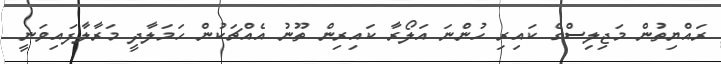
ރައްޔިތުން މަޖިލިސްގެ ކައިރި ހުންނަ އަލޯރާ ކައިރިން ތޫނު އެއްޗަކުން ހަމަލާދީ މަރާލާފައިވަނީ